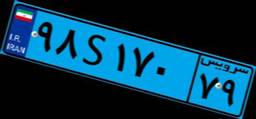
۲۳S۶۹۰۲۲